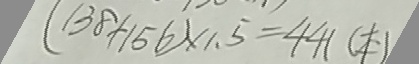
( 1 3 8 + 1 5 6 ) \times 1 . 5 = 4 4 1 ( 本 )